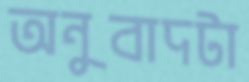
অনুবাদটা